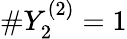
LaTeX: \# Y_{2}^{(2)}=1